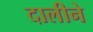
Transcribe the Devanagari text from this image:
दालीने